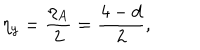
LaTeX: \eta _ { y } = \frac { \eta _ { A } } { 2 } = \frac { 4 - d } { 2 } ,